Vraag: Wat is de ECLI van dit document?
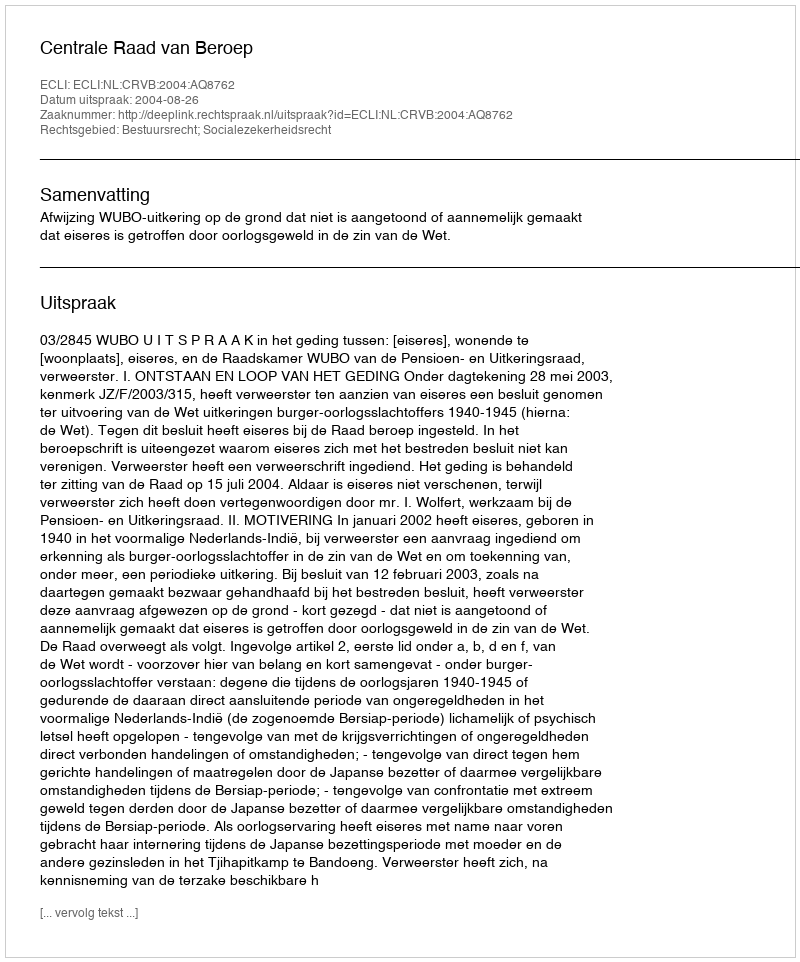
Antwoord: ECLI:NL:CRVB:2004:AQ8762